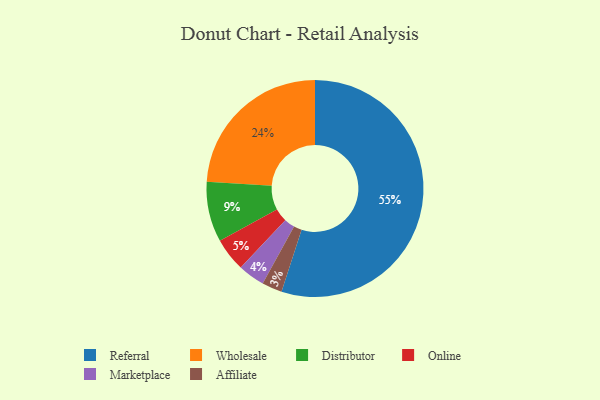
{"axis": {"x": "Category", "y": "Percentage"}, "legend": ["Affiliate", "Distributor", "Marketplace", "Online", "Referral", "Wholesale"], "data": [{"x": "Online", "y": 5, "type": "Online"}, {"x": "Wholesale", "y": 24, "type": "Wholesale"}, {"x": "Distributor", "y": 9, "type": "Distributor"}, {"x": "Marketplace", "y": 4, "type": "Marketplace"}, {"x": "Referral", "y": 55, "type": "Referral"}, {"x": "Affiliate", "y": 3, "type": "Affiliate"}]}